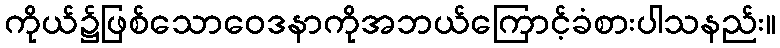
ကိုယ်၌ဖြစ်သောဝေဒနာကိုအဘယ်ကြောင့်ခံစားပါသနည်း။